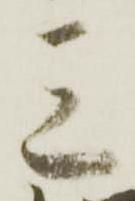
三